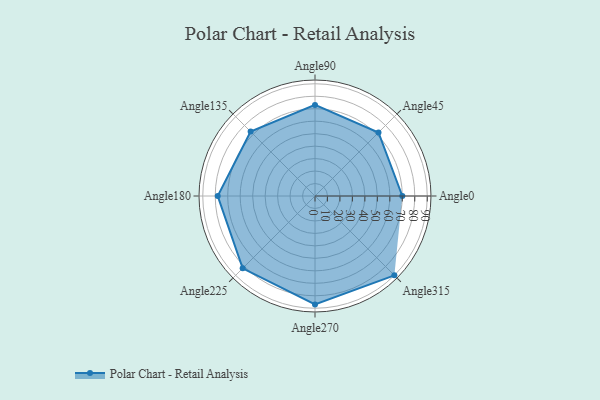
{"axis": {"x": "Angle", "y": "Radius"}, "legend": [""], "data": [{"x": "Angle0", "y": 70.0, "type": ""}, {"x": "Angle45", "y": 72.0, "type": ""}, {"x": "Angle90", "y": 73.0, "type": ""}, {"x": "Angle135", "y": 73.0, "type": ""}, {"x": "Angle180", "y": 78.0, "type": ""}, {"x": "Angle225", "y": 82.0, "type": ""}, {"x": "Angle270", "y": 87.0, "type": ""}, {"x": "Angle315", "y": 90.0, "type": ""}]}